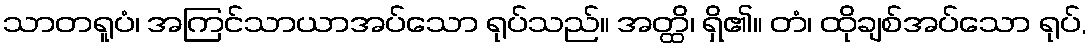
သာတရူပံ၊ အကြင်သာယာအပ်သော ရုပ်သည်။ အတ္ထိ၊ ရှိ၏။ တံ၊ ထိုချစ်အပ်သော ရုပ်,